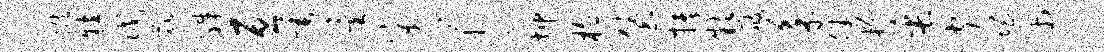
瞰粒戊庇殊亘垂星穿！坤植堡抉款屐柔伴粉缶闻惘巾